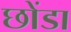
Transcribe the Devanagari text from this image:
छोंडा